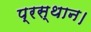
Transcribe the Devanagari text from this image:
प्रस्‍थान।